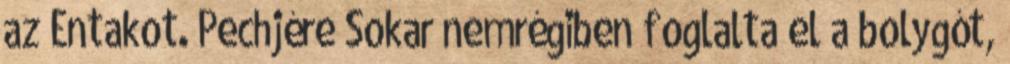
az Entakot. Pechjére Sokar nemrégiben foglalta el a bolygót,